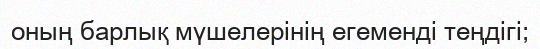
оның барлық мүшелерінің егеменді теңдігі;